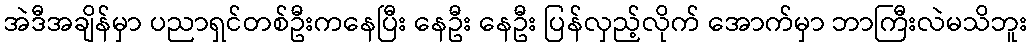
အဲဒီအချိန်မှာ ပညာရှင်တစ်ဦးကနေပြီး နေဦး နေဦး ပြန်လှည့်လိုက် အောက်မှာ ဘာကြီးလဲမသိဘူး